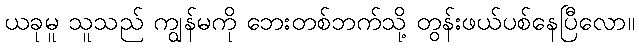
ယခုမူ သူသည် ကျွန်မကို ဘေးတစ်ဘက်သို့ တွန်းဖယ်ပစ်နေပြီလော။